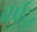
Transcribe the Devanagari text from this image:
वर्षुन